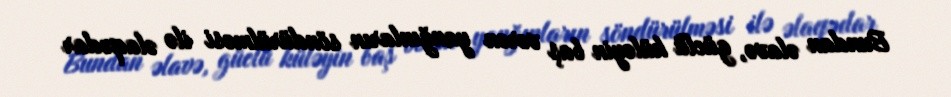
Bundan əlavə, güclü küləyin baş verən yanğınların söndürülməsi ilə əlaqədar